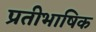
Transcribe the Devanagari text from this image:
प्रतीभाषिक